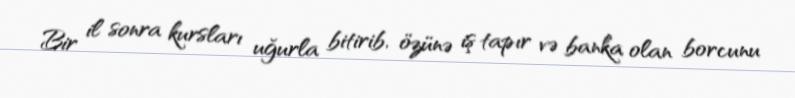
Bir il sonra kursları uğurla bitirib, özünə iş tapır və banka olan borcunu